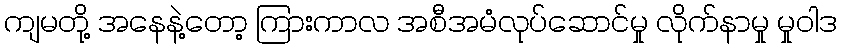
ကျမတို့ အနေနဲ့တော့ ကြားကာလ အစီအမံလုပ်ဆောင်မှု လိုက်နာမှု မှုဝါဒ